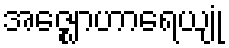
အဇ္ဈောဟာရေယျုံ